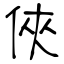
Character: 俠